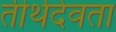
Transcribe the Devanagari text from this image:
तीर्थदेवता